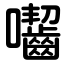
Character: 囓